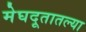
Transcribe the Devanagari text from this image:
मेघदूतातल्या